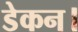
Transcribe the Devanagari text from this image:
डेकन।